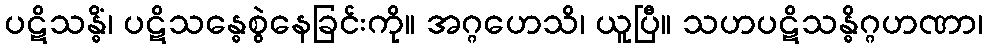
ပဋိသန္ဓိံ၊ ပဋိသန္ဓေစွဲနေခြင်းကို။ အဂ္ဂဟေသိ၊ ယူပြီ။ သဟပဋိသန္ဓိဂ္ဂဟဏာ၊